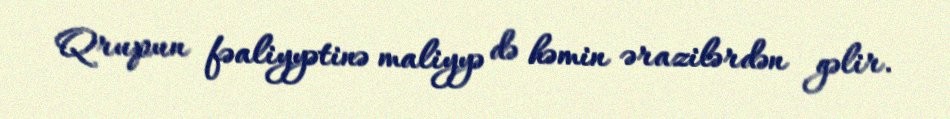
Qrupun fəaliyyətinə maliyyə də həmin ərazilərdən gəlir.